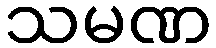
သမဏ